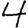
Digit: 4